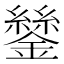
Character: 𨭔